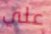
علي